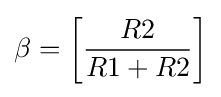
\beta =\left[{\frac {R2}{R1+R2}}\right]